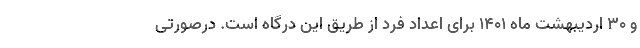
و ۳۰ اردیبهشت ماه ۱۴۰۱ برای اعداد فرد از طریق این درگاه است. درصورتی